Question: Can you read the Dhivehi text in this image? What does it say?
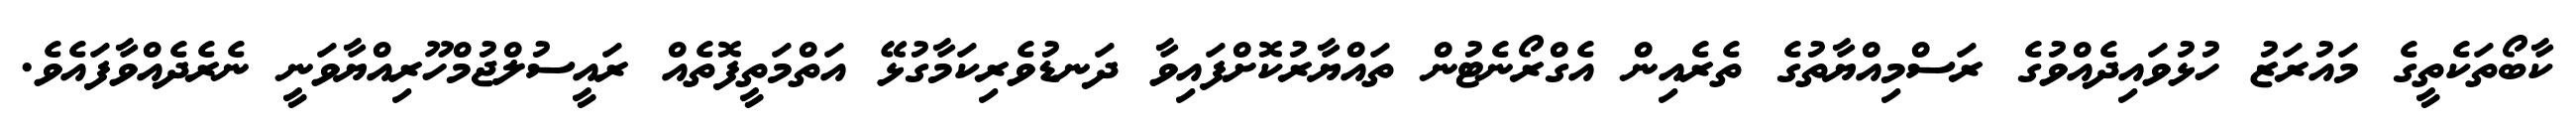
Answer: ކާބޯތަކެތީގެ މައުރަޒު ހުޅުވައިދެއްވުގެ ރަސްމިއްޔާތުގެ ތެރެއިން އެގްރޯނެޓުން ތައްޔާރުކޮށްފައިވާ ދަނޑުވެރިކަމާގުޅޭ އަތްމަތީފޮތެއް ރައީސުލްޖުމްހޫރިއްޔާވަނީ ނެރެދެއްވާފައެވެ.